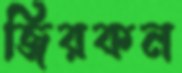
জিরকন